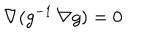
\nabla ( g ^ { - 1 } \, \nabla g ) = 0